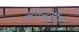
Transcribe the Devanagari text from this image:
सेवनट्रीज़